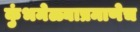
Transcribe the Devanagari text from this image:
कुंभमेळ्याप्रमाणेच